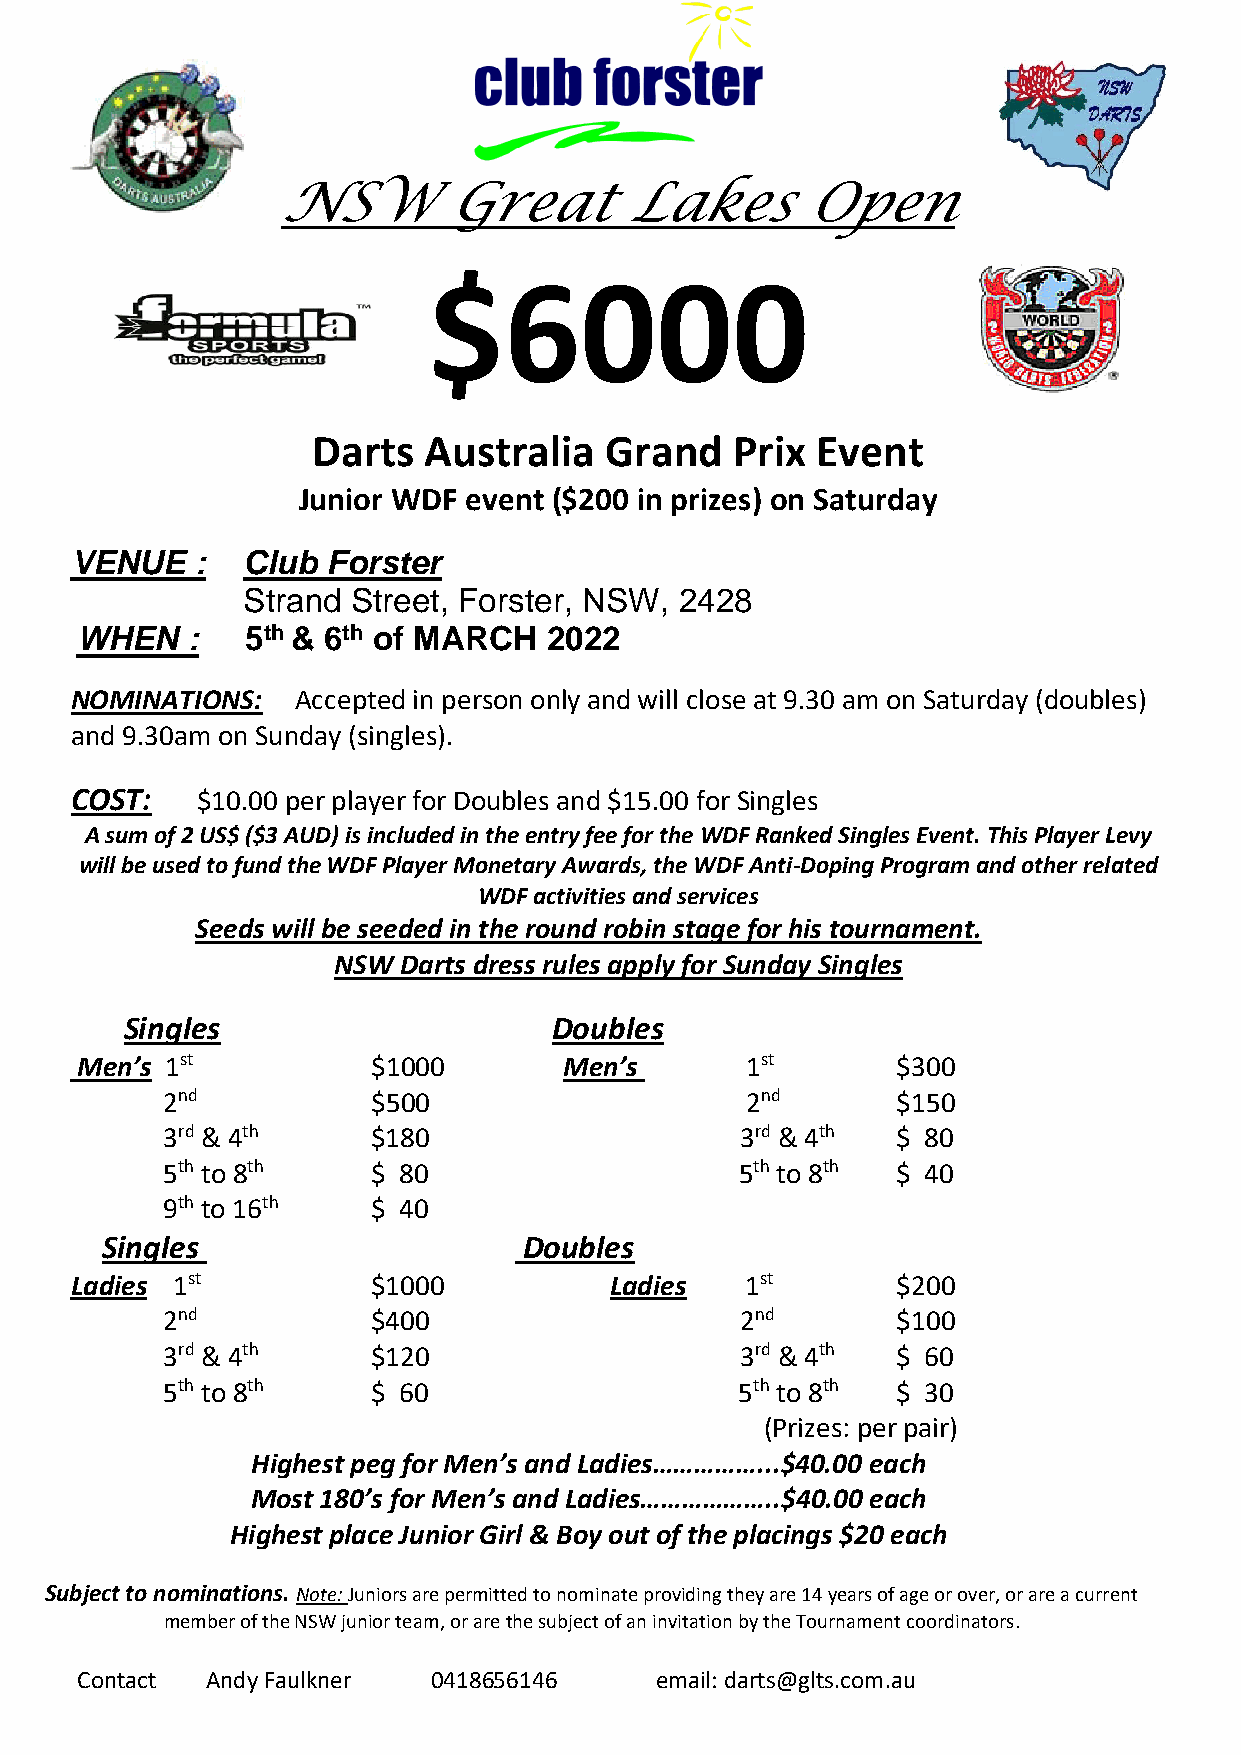
NSW        Great       Lakes       Open
 $6000
 Darts  Australia   Grand    Prix Event
 Junior WDF event ($200 in prizes) on Saturday
 VENUE   :  Club  Forster
 Strand Street, Forster, NSW, 2428
 WHEN   :   5th & 6th of MARCH  2022
 NOMINATIONS:   Accepted in person only and will close at 9.30 am on Saturday (doubles)
 and 9.30am on Sunday (singles).
 COST:   $10.00 per player for Doubles and $15.00 for Singles
 A sum of 2 US$ ($3 AUD) is included in the entry fee for the WDF Ranked Singles Event. This Player Levy
 will be used to fund the WDF Player Monetary Awards, the WDF Anti-Doping Program and other related
 WDF activities and services
 Seeds will be seeded in the round robin stage for his tournament.
 NSW Darts dress rules apply for Sunday Singles
 Singles                      Doubles
 Men’s 1st           $1000       Men’s       1st       $300
 2nd           $500                    2nd       $150
 3rd & 4th     $180                    3rd & 4th $ 80
 5th to 8th    $ 80                    5th to 8th $ 40
 9th to 16th   $ 40
 Singles                     Doubles
 Ladies 1st          $1000          Ladies   1st       $200
 2nd           $400                    2nd       $100
 3rd & 4th     $120                    3rd & 4th $ 60
 5th to 8th    $ 60                    5th to 8th $ 30
 (Prizes: per pair)
 Highest peg for Men’s and Ladies……………...$40.00 each
 Most 180’s for Men’s and Ladies………………..$40.00 each
 Highest place Junior Girl & Boy out of the placings $20 each
 Subject to nominations. Note: Juniors are permitted to nominate providing they are 14 years of age or over, or are a current
 member of the NSW junior team, or are the subject of an invitation by the Tournament coordinators.
 Contact  Andy Faulkner  0418656146    email: darts@glts.com.au